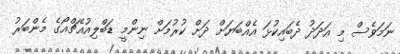
ނަމަވެސް މި އަދަދު ދެބައިކުޅަ އެއްބަޔަށް ދަށް ކުރުމަށް ނިންމީ ޑަބްލިއުއެޗްއޯގެ މެންބަރު